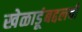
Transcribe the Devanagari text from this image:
खेळाडूंबद्दलची